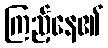
ကြည့်နေ၏